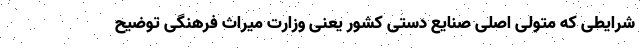
شرایطی که متولی اصلی صنایع دستی کشور یعنی وزارت میراث فرهنگی توضیح